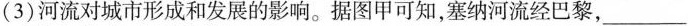
(2分(3)河流对城市形成和发展的影响。据图甲可知，塞纳河流经巴黎，___